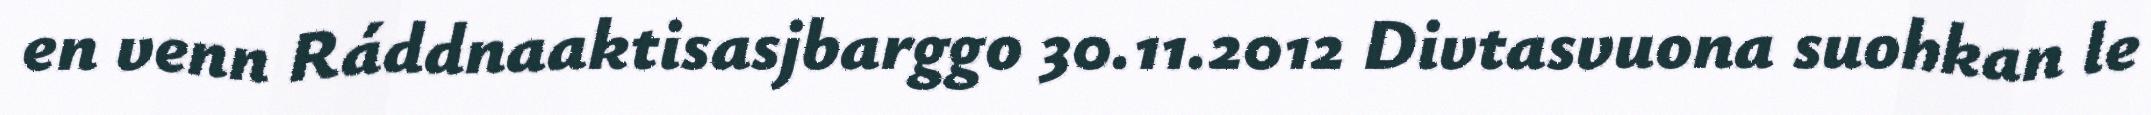
en venn Ráddnaaktisasjbarggo 30.11.2012 Divtasvuona suohkan le